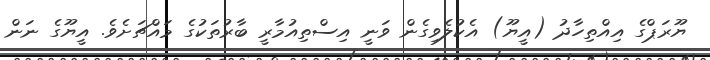
ޔޫރަޕްގެ އިއްތިހާދު (އީޔޫ) އެކުލެވިގެން ވަނީ އިސްތިއުމާރީ ބާރުތަކުގެ މައްޗަށެވެ. އީޔޫގެ ނަން